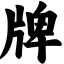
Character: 牌